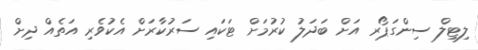
ލިޓިލް ސިންގަޕޯރ އަށް ބަދަލު ކުރުމަށް ޓަކައި ސަރުކާރަށް އެކުވެރި އަތެއް ދިށް